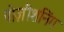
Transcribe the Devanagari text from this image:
पोज़ीशनिंग